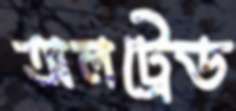
অলট্রেড